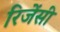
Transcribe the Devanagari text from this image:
रिजेंसी